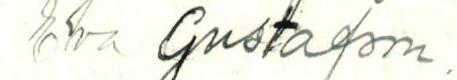
Eva Gustafson